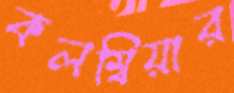
কলম্বিয়ার